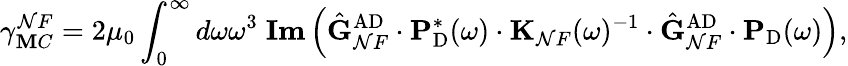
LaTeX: \gamma_{\mathbf{M}C}^{\mathcal{N}F}=2\mu_{0}\int_{0}^{\infty}d\omega\omega^{3}\; \textbf{{Im}}\left(\hat{{\mathbf{{G}}}}_{\mathcal{N}F}^{\mathrm{{AD}}}\cdot\mathbf{{P}}_{\mathrm{{D}}}^{*}(\omega)\cdot\mathbf{{K}}_{\mathcal{N}F}(\omega)^{-1}\cdot\hat{{\mathbf{{G}}}}_{\mathcal{N}F}^{\mathrm{{AD}}}\cdot\mathbf{{P}}_{\mathrm{{D}}}(\omega)\right),